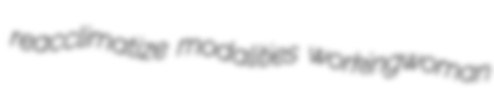
reacclimatize modalities workingwoman